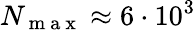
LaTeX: N_{\mathrm{~m~a~x~}}\approx 6\cdot 10^{3}